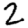
Digit: 2